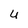
Character: U